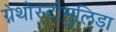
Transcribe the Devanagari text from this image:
ग्नेथोस्टोमुलिडा